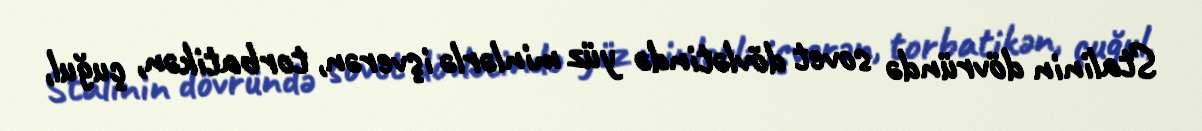
Stalinin dövründə sovet dövlətində yüz minlərlə işverən, torbatikən, çuğul,